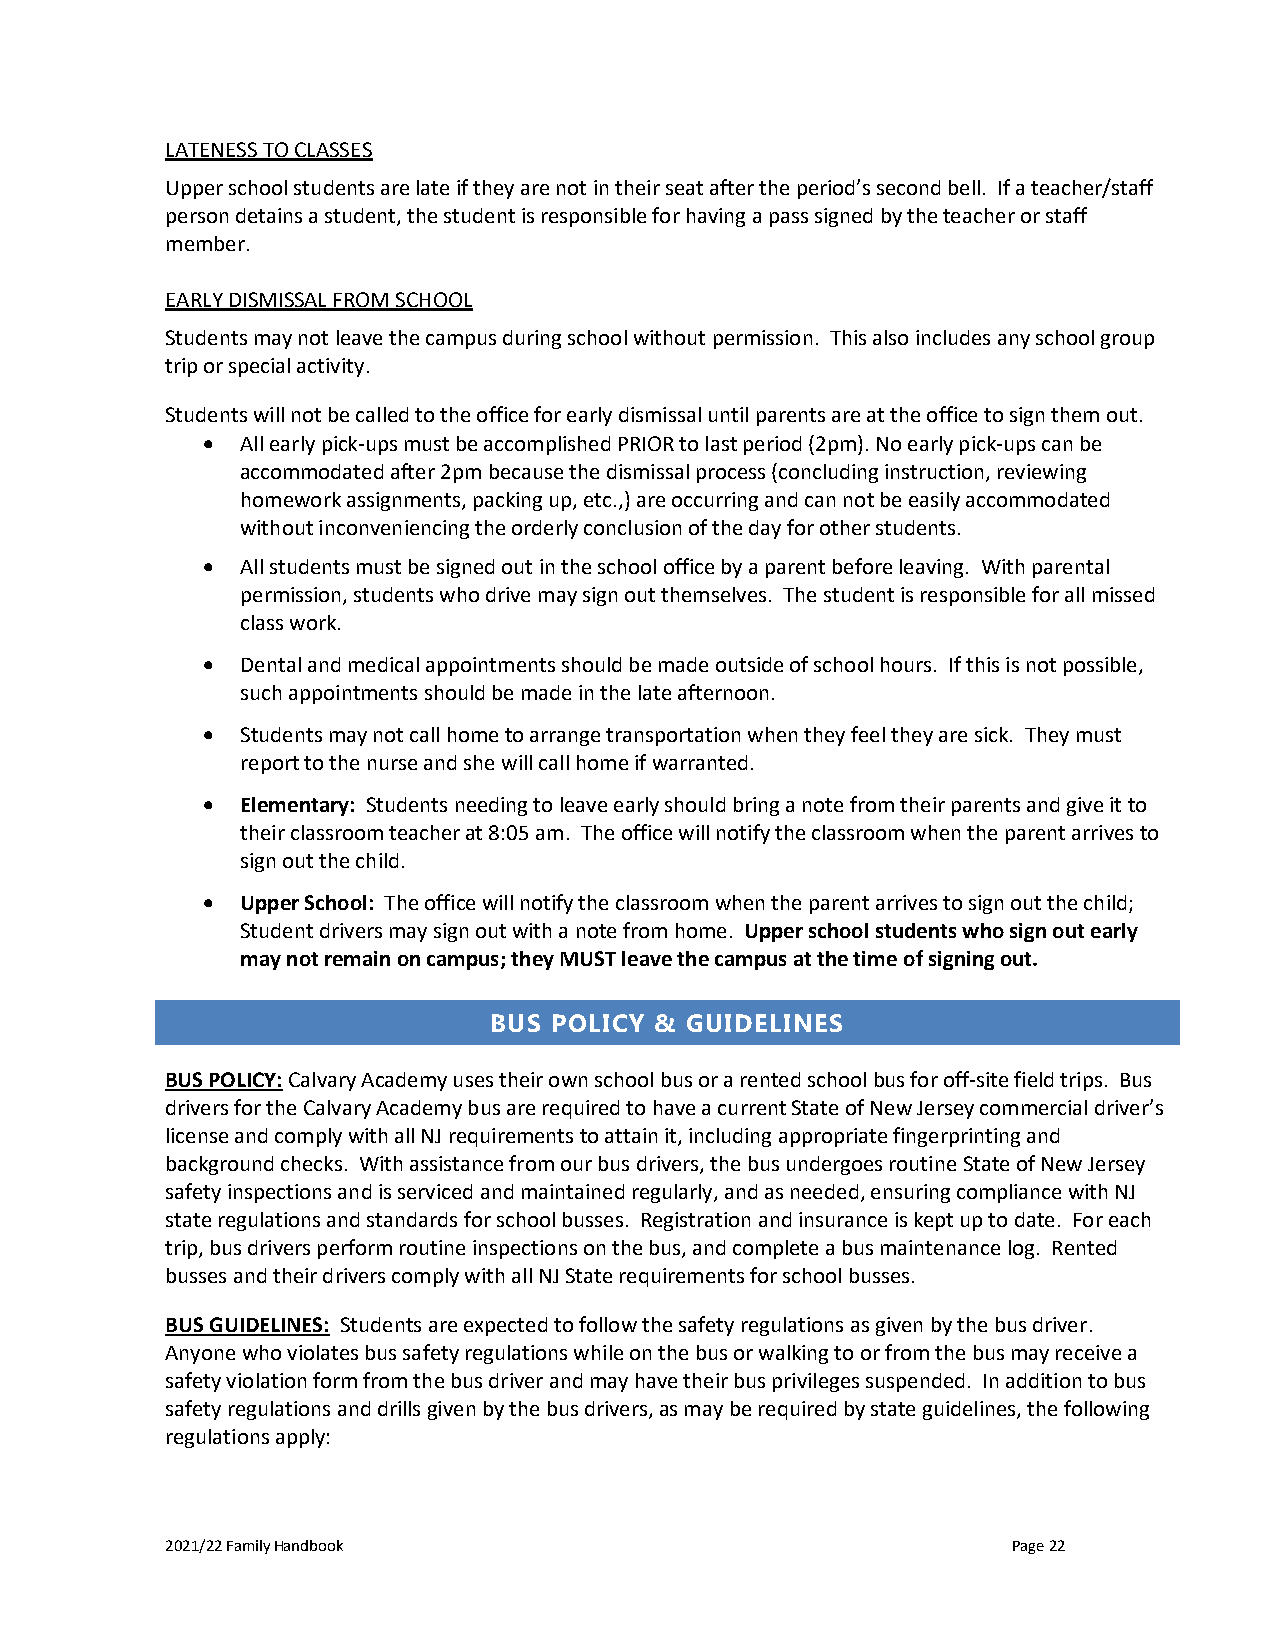
LATENESS TO CLASSES
 Upper school students are late if they are not in their seat after the period’s second bell. If a teacher/staff
 person detains a student, the student is responsible for having a pass signed by the teacher or staff
 member.
 EARLY DISMISSAL FROM SCHOOL
 Students may not leave the campus during school without permission. This also includes any school group
 trip or special activity.
 Students will not be called to the office for early dismissal until parents are at the office to sign them out.
 •  All early pick-ups must be accomplished PRIOR to last period (2pm). No early pick-ups can be
 accommodated after 2pm because the dismissal process (concluding instruction, reviewing
 homework assignments, packing up, etc.,) are occurring and can not be easily accommodated
 without inconveniencing the orderly conclusion of the day for other students.
 •  All students must be signed out in the school office by a parent before leaving. With parental
 permission, students who drive may sign out themselves. The student is responsible for all missed
 class work.
 •  Dental and medical appointments should be made outside of school hours. If this is not possible,
 such appointments should be made in the late afternoon.
 •  Students may not call home to arrange transportation when they feel they are sick. They must
 report to the nurse and she will call home if warranted.
 •  Elementary: Students needing to leave early should bring a note from their parents and give it to
 their classroom teacher at 8:05 am. The office will notify the classroom when the parent arrives to
 sign out the child.
 •  Upper School: The office will notify the classroom when the parent arrives to sign out the child;
 Student drivers may sign out with a note from home. Upper school students who sign out early
 may not remain on campus; they MUST leave the campus at the time of signing out.
 BUS POLICY & GUIDELINES
 BUS POLICY: Calvary Academy uses their own school bus or a rented school bus for off-site field trips. Bus
 drivers for the Calvary Academy bus are required to have a current State of New Jersey commercial driver’s
 license and comply with all NJ requirements to attain it, including appropriate fingerprinting and
 background checks. With assistance from our bus drivers, the bus undergoes routine State of New Jersey
 safety inspections and is serviced and maintained regularly, and as needed, ensuring compliance with NJ
 state regulations and standards for school busses. Registration and insurance is kept up to date. For each
 trip, bus drivers perform routine inspections on the bus, and complete a bus maintenance log. Rented
 busses and their drivers comply with all NJ State requirements for school busses.
 BUS GUIDELINES: Students are expected to follow the safety regulations as given by the bus driver.
 Anyone who violates bus safety regulations while on the bus or walking to or from the bus may receive a
 safety violation form from the bus driver and may have their bus privileges suspended. In addition to bus
 safety regulations and drills given by the bus drivers, as may be required by state guidelines, the following
 regulations apply:
 2021/22 Family Handbook                                 Page 22